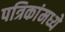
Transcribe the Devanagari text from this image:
पत्रिकांमध्ये